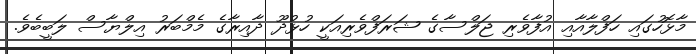
މާޅޮހުގައި ހަފްލާއާއި އުފާވެރި ޖަލްސާގެ ޝަރަފްވެރިއަކީ ހުޅުދޫ ދާއިރާގެ މެމްބަރު އިލްޔާސް ލަބީބެވެ.